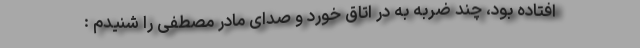
افتاده بود، چند ضربه به در اتاق خورد و صدای مادر مصطفی را شنیدم :